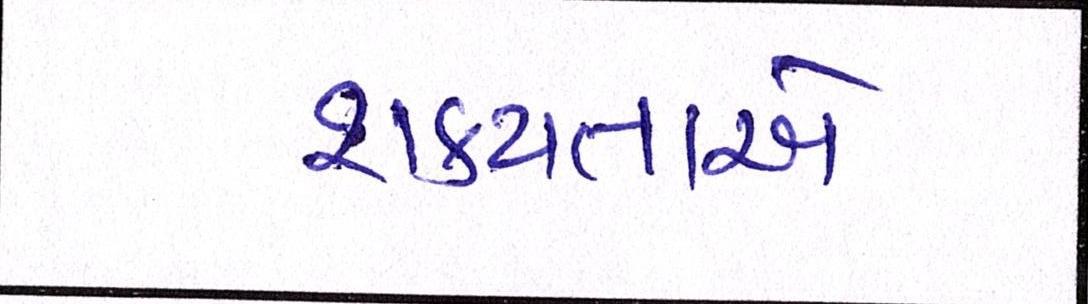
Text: શક્યતાએ